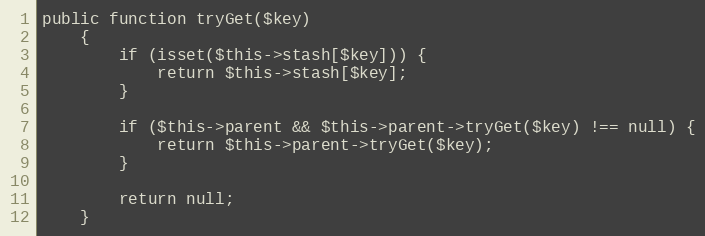
Language: PHP
public function tryGet($key)
    {
        if (isset($this->stash[$key])) {
            return $this->stash[$key];
        }

        if ($this->parent && $this->parent->tryGet($key) !== null) {
            return $this->parent->tryGet($key);
        }

        return null;
    }